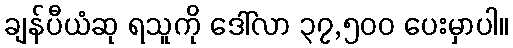
ချန်ပီယံဆု ရသူကို ဒေါ်လာ ၃၇,၅၀၀ ပေးမှာပါ။